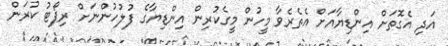
އަދި އެގޮތަށް އިންޑިޔާއަށް އެތެރެވާ މީހުން މީގެކުރިން އިންޑިޔާގެ ފުލުހުންނަށް ރިޕޯޓު ކުރަން